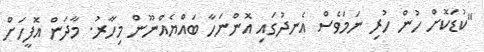
"ކުޑަކޮށް ހުން ހުރި ނަމަވެސް އެނދުގައި އޮންނަހާ ބައްޔެއްނޫން މިހާރު. މާދަން އޮފީހަށް